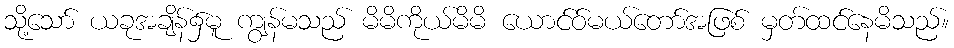
သို့သော် ယခုအချိန်၌မူ ကျွန်မသည် မိမိကိုယ်မိမိ ယောင်ဝ်မယ်တော်အဖြစ် မှတ်ထင်နေမိသည်။